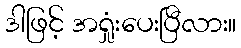
ဒါဖြင့် အရှုံးပေးပြီလား။